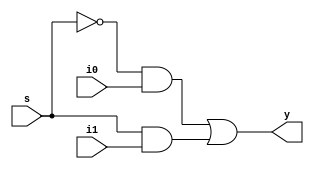
module mux_2to1(y,s,i0,i1);
    input i0,i1;
    input s;
    output y;
    wire d0,d1;
    and a1(d0,~s,i0);
    and a2(d1,s,i1);
    or a3(y,d0,d1);
endmodule